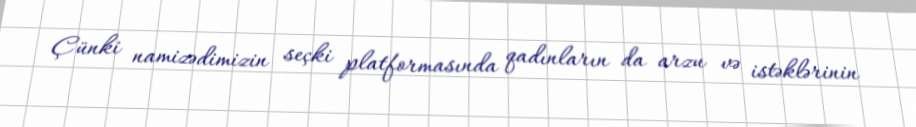
Çünki namizədimizin seçki platformasında qadınların da arzu və istəklərinin